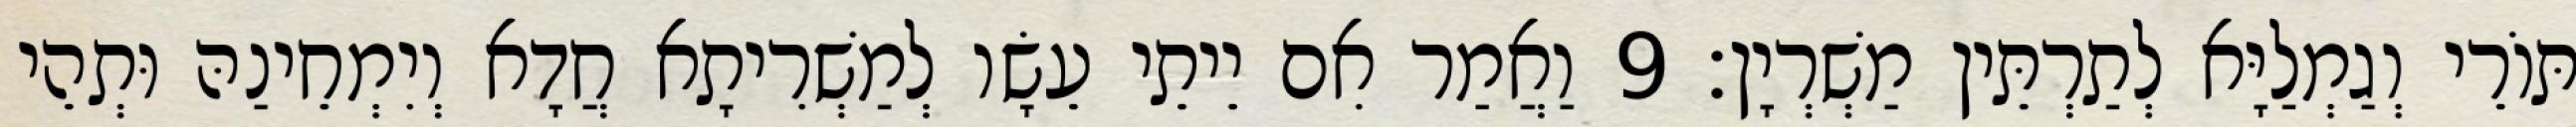
תּוֹרֵי וְגַמְלַיָּא לְתַרְתֵּין מַשְׁרְיָן׃ 9 וַאֲמַר אִם יֵיתֵי עֵשָׂו לְמַשְׁרִיתָא חֲדָא וְיִמְחֵינַהּ וּתְהֵי